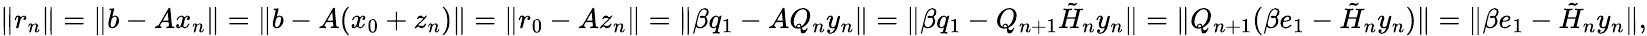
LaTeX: \| r_{n}\| =\| b-Ax_{n}\| =\| b-A(x_{0}+z_{n})\| =\| r_{0}-Az_{n}\| =\| \beta q_{1}-AQ_{n}y_{n}\| =\| \beta q_{1}-Q_{n+1}{\tilde{H}}_{n}y_{n}\| =\| Q_{n+1}(\beta e_{1}-{\tilde{H}}_{n}y_{n})\| =\| \beta e_{1}-{\tilde{H}}_{n}y_{n}\| ,